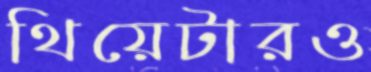
থিয়েটারও